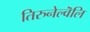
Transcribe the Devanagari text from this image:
तिरुनेल्वॆलि